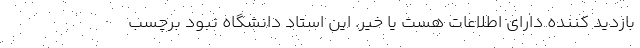
بازدید کننده دارای اطلاعات هست یا خیر. این استاد دانشگاه نبود برچسب